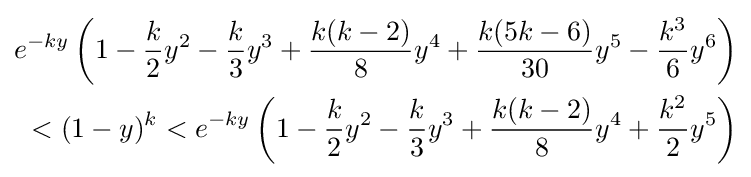
{\begin{aligned}e^{-ky}\left(1-{\frac {k}{2}}y^{2}-{\frac {k}{3}}y^{3}+{\frac {k(k-2)}{8}}y^{4}+{\frac {k(5k-6)}{30}}y^{5}-{\frac {k^{3}}{6}}y^{6}\right)\\<(1-y)^{k}<e^{-ky}\left(1-{\frac {k}{2}}y^{2}-{\frac {k}{3}}y^{3}+{\frac {k(k-2)}{8}}y^{4}+{\frac {k^{2}}{2}}y^{5}\right)\end{aligned}}